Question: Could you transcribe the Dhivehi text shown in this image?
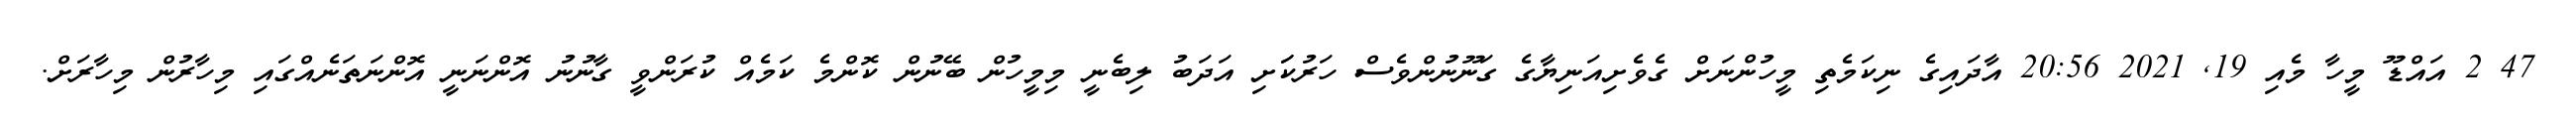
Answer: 47 2 އައްޑޫ މީހާ މެއި 19, 2021 20:56 އާދައިގެ ނިކަމެތި މީހުންނަށް ގެވެށިއަނިޔާގެ ގަނޫނުންވެސް ހަރުކަަށި އަދަބު ލިބެނީ މިމީހުން ބޭނުން ކޮންމެ ކަމެއް ކުރަންވީ ގާނުނު އޮންނަނީ އޮންނަތަނެއްގައި މިހާރުން މިހާރަށް.